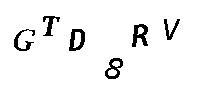
GTD8RV